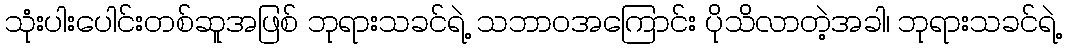
သုံးပါးပေါင်းတစ်ဆူအဖြစ် ဘုရားသခင်ရဲ့ သဘာဝအကြောင်း ပိုသိလာတဲ့အခါ၊ ဘုရားသခင်ရဲ့